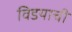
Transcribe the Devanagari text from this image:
विडयाची